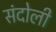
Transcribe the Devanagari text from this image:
संदोली